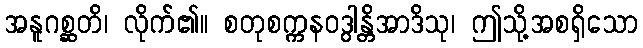
အနူဂစ္ဆတိ၊ လိုက်၏။ စတုစက္ကနဝဒွါန္တိအာဒိသု၊ ဤသို့အစရှိသော